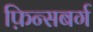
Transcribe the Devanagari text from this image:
फ़िन्सबर्ग